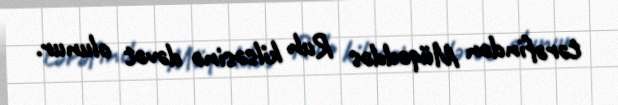
tərəfindən Müqəddəs Ruh kilsəsinə dəvət olunur.